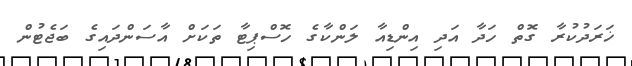
ޚަރަދުކުރާ ގޮތް ހަދާ އަދި އިންޑިއާ ލަންކާގެ ހޮސްޕިޓާ ތަކަށް އާސަންދައިގެ ބަޖެޓުން